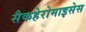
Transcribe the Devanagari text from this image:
सैकहेरोमाइसेस